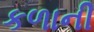
કળાની